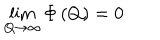
\lim _ { Q \rightarrow \infty } \Phi \left( Q \right) = 0